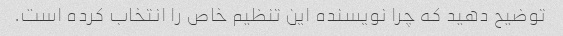
توضیح دهید که چرا نویسنده این تنظیم خاص را انتخاب کرده است.